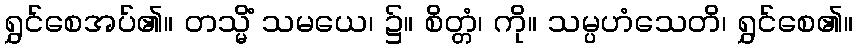
ရွှင်စေအပ်၏။ တသ္မိံ သမယေ၊ ၌။ စိတ္တံ၊ ကို။ သမ္ပဟံသေတိ၊ ရွှင်စေ၏။